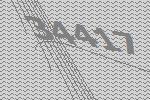
34417